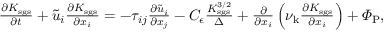
\begin{array} { r } { \frac { \partial K _ { \mathrm { s g s } } } { \partial t } + \tilde { u } _ { i } \frac { \partial K _ { \mathrm { s g s } } } { \partial x _ { i } } = - \tau _ { i j } \frac { \partial \tilde { u } _ { i } } { \partial x _ { j } } - C _ { \epsilon } \frac { K _ { \mathrm { s g s } } ^ { 3 / 2 } } { \Delta } + \frac { \partial } { \partial x _ { i } } \left( \nu _ { \mathrm { k } } \frac { \partial K _ { \mathrm { s g s } } } { \partial x _ { i } } \right) + \varPhi _ { \mathrm { P } } , } \end{array}